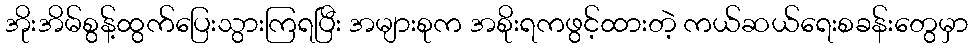
အိုးအိမ်စွန့်ထွက်ပြေးသွားကြရပြီး အများစုက အစိုးရကဖွင့်ထားတဲ့ ကယ်ဆယ်ရေးစခန်းတွေမှာ